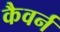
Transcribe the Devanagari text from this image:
कैवर्न